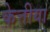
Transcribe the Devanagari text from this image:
केत्तीया